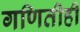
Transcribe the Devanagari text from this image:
गणितीही